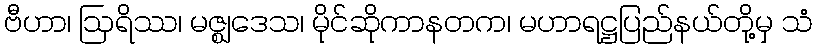
ဗီဟာ၊ ဩရိဿ၊ မဇ္ဈဒေသ၊ မိုင်ဆိုကာနတက၊ မဟာရဋ္ဌပြည်နယ်တို့မှ သံ